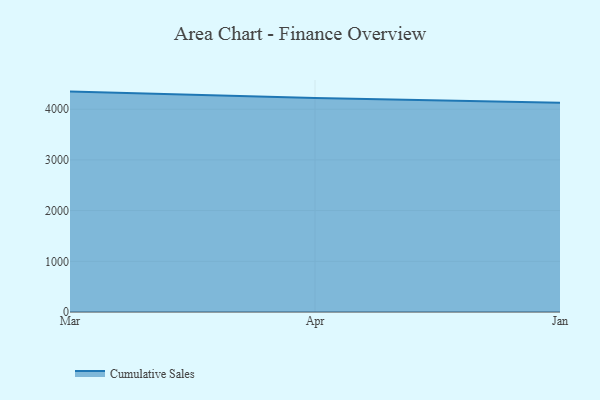
{"axis": {"x": "Month", "y": "Net Income (USD K)"}, "legend": ["Cumulative Sales"], "data": [{"x": "Mar", "y": 4347.0, "type": "Cumulative Sales"}, {"x": "Apr", "y": 4223.0, "type": "Cumulative Sales"}, {"x": "Jan", "y": 4129.0, "type": "Cumulative Sales"}]}